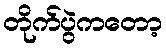
တိုက်ပွဲကတော့